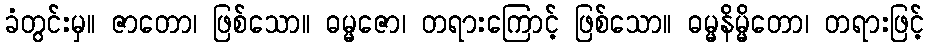
ခံတွင်းမှ။ ဇာတော၊ ဖြစ်သော။ ဓမ္မဇော၊ တရားကြောင့် ဖြစ်သော။ ဓမ္မနိမ္မိတော၊ တရားဖြင့်